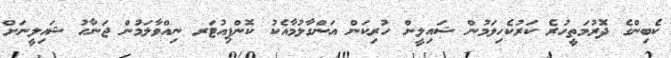
ކެބިންގެ ދޮރުމަތީހުރެ ކަރުކެހިލަމުން ޝައިލީން ހުރިކަން އަންގާލުމާއެކު ކޮންޕިއުޓަރ ނިއްވާލަމުން ޖަނާހު ޝައިލީނަށް